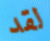
لقد